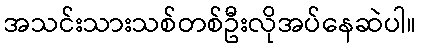
အသင်းသားသစ်တစ်ဦးလိုအပ်နေဆဲပါ။